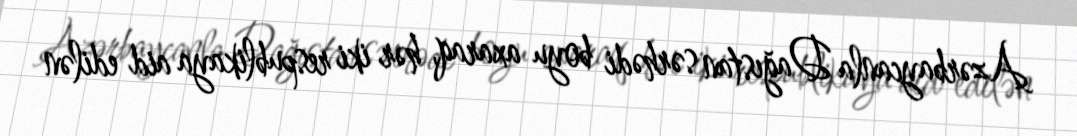
Azərbaycanla Dağıstan sərhədi boyu axaraq, hər iki respublikaya aid edilən